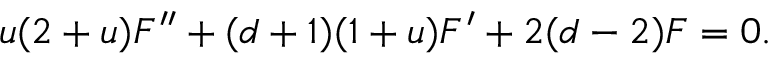
u ( 2 + u ) F ^ { \prime \prime } + ( d + 1 ) ( 1 + u ) F ^ { \prime } + 2 ( d - 2 ) F = 0 .